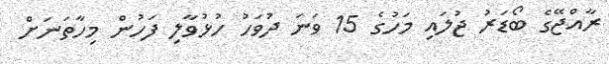
ރާއްޖޭގެ ބޯޑަރު ޖުލައި މަހުގެ 15 ވަނަ ދުވަހު ހުޅުވާލި ފަހުން މިހާތަނަށް